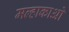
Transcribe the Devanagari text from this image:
मल्हाकाओ